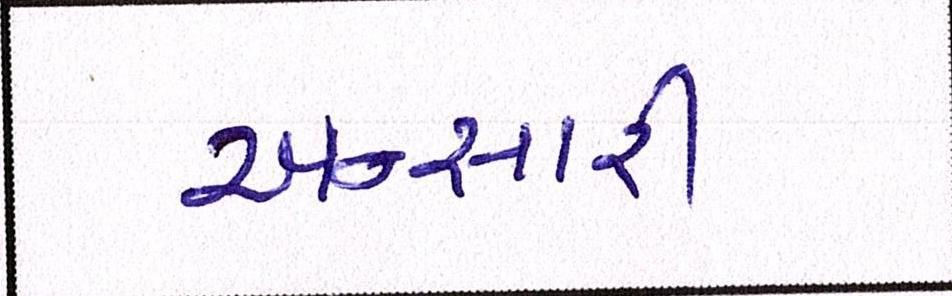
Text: અન્સારી